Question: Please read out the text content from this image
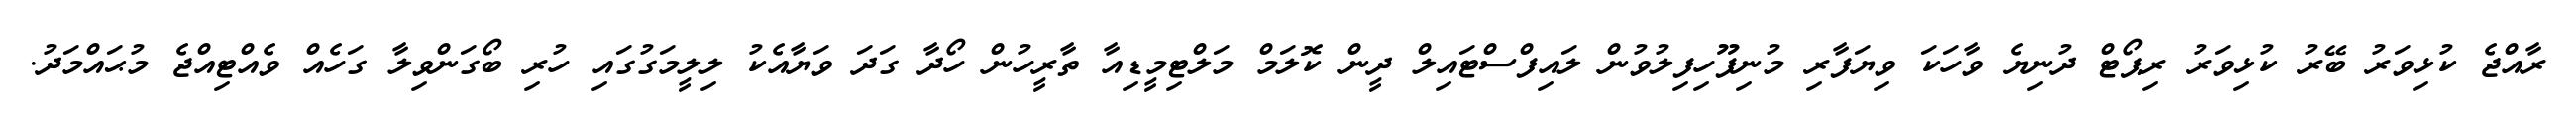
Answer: ރާއްޖެ ކުޅިވަރު ބޭރު ކުޅިވަރު ރިޕޯޓް ދުނިޔެ ވާހަކަ ވިޔަފާރި މުނިފޫހިފިލުވުން ލައިފްސްޓައިލް ދީން ކޮލަމް މަލްޓިމީޑިއާ ތާރީހުން ހޯދާ ގަދަ ވަޔާއެކު ލިލީމަގުގައި ހުރި ބޯގަންވިލާ ގަހެއް ވެއްޓިއްޖެ މުޙައްމަދު.